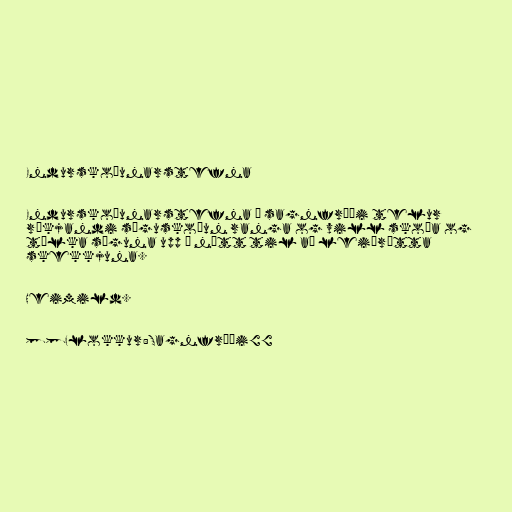
Endurskoðunarstefna

Endurskoðunarstefna í sagnfræði telur
ríkjandi söguskoðun ranga og vill skoða og
túlka söguna upp á nýtt til að leiðrétta
skekkjuna.

Heimild.

[[Flokkur:Sagnfræði]]